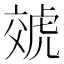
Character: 虠